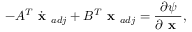
- A ^ { T } \dot { \textbf { x } } _ { a d j } + B ^ { T } \textbf { x } _ { a d j } = \frac { \partial \psi } { \partial \textbf { x } } ,